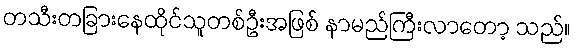
တသီးတခြားနေထိုင်သူတစ်ဦးအဖြစ် နာမည်ကြီးလာတော့ သည်။